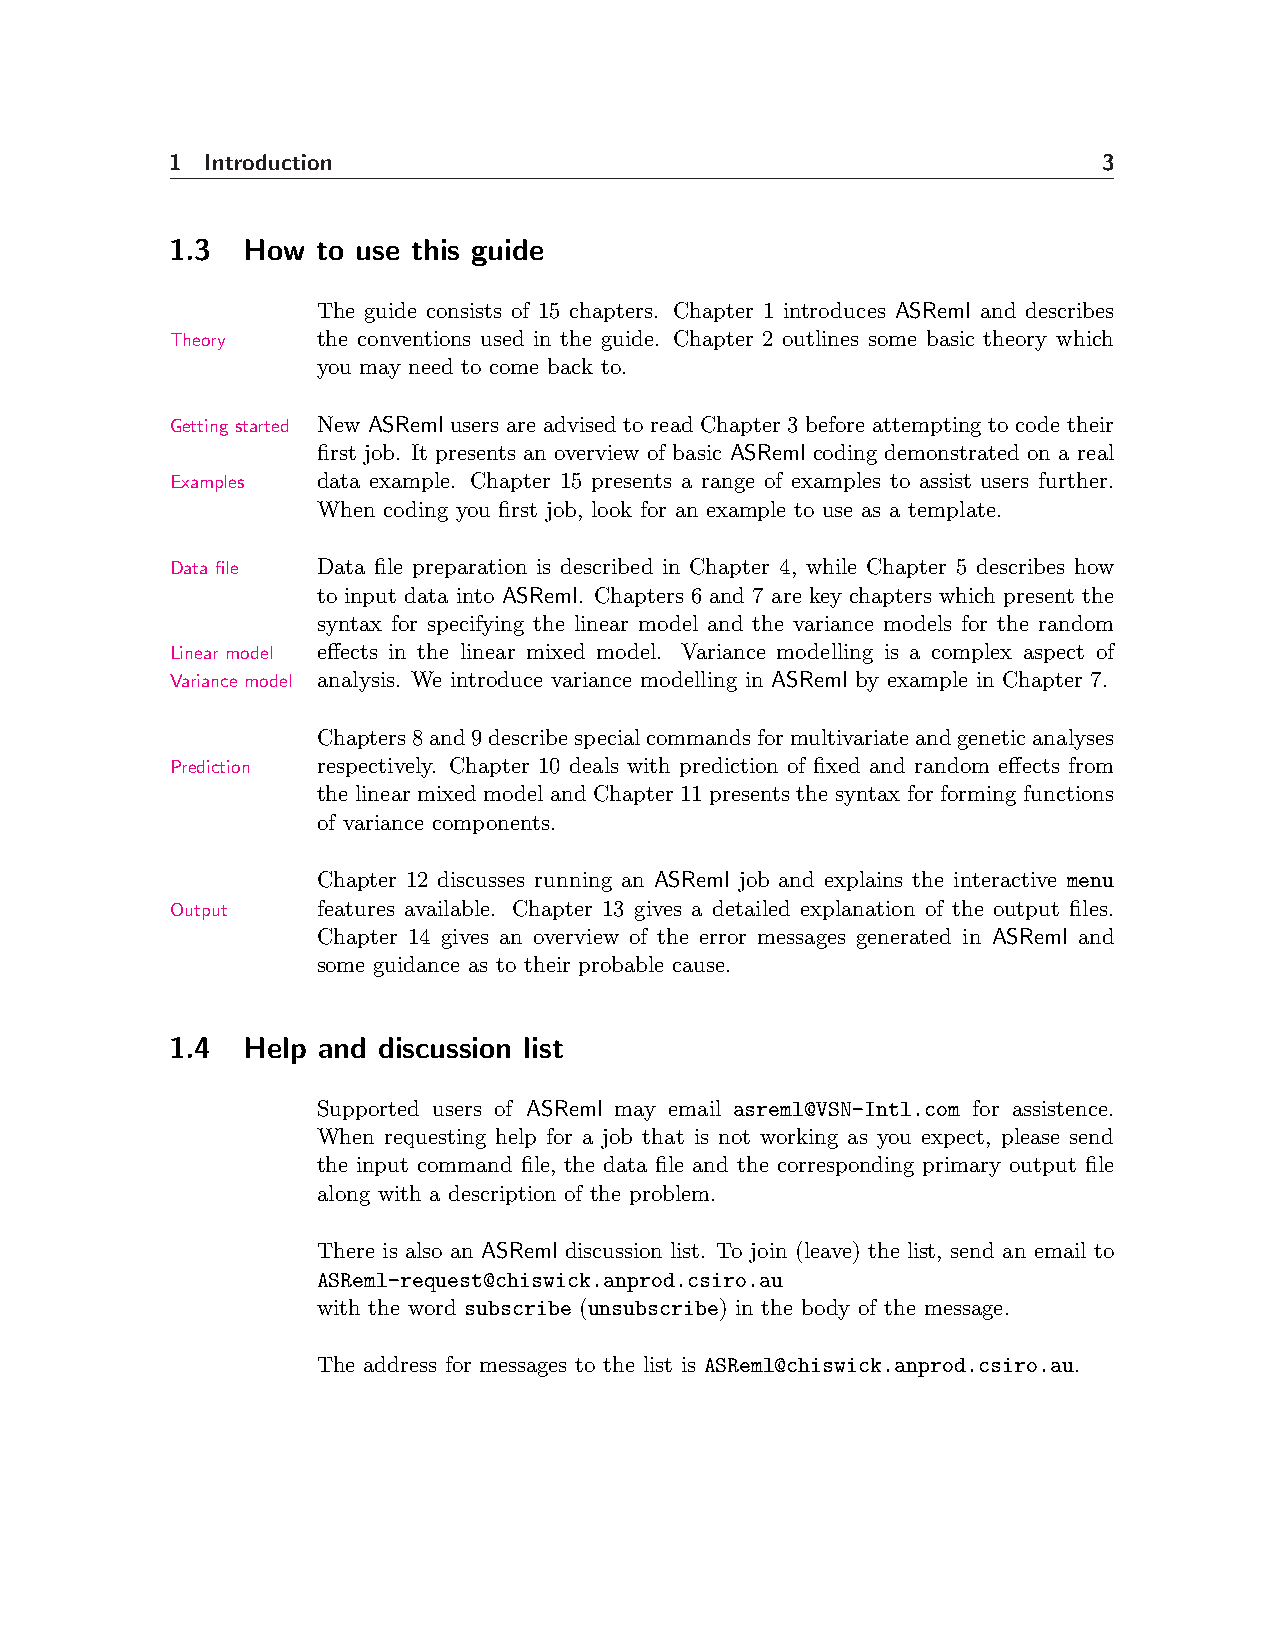
1  Introduction                                               3
 1.3  How  to use this guide
 The guide consists of 15 chapters. Chapter 1 introduces ASReml and describes
 Theory    the conventions used in the guide. Chapter 2 outlines some basic theory which
 you may need to come back to.
 Getting started New ASReml users are advised to read Chapter 3 before attempting to code their
 first job. It presents an overview of basic ASReml coding demonstrated on a real
 Examples  data example. Chapter 15 presents a range of examples to assist users further.
 When coding you first job, look for an example to use as a template.
 Data file Data file preparation is described in Chapter 4, while Chapter 5 describes how
 to input data into ASReml. Chapters 6 and 7 are key chapters which present the
 syntax for specifying the linear model and the variance models for the random
 Linear model effects in the linear mixed model. Variance modelling is a complex aspect of
 Variance model analysis. We introduce variance modelling in ASReml by example in Chapter 7.
 Chapters8and9describespecialcommandsformultivariateandgeneticanalyses
 Prediction respectively. Chapter 10 deals with prediction of fixed and random effects from
 the linear mixed model and Chapter 11 presents the syntax for forming functions
 of variance components.
 Chapter 12 discusses running an ASReml job and explains the interactive menu
 Output    features available. Chapter 13 gives a detailed explanation of the output files.
 Chapter 14 gives an overview of the error messages generated in ASReml and
 some guidance as to their probable cause.
 1.4  Help and discussion list
 Supported users of ASReml may email asreml@VSN-Intl.com for assistence.
 When requesting help for a job that is not working as you expect, please send
 the input command file, the data file and the corresponding primary output file
 along with a description of the problem.
 There is also an ASReml discussion list. To join (leave) the list, send an email to
 ASReml-request@chiswick.anprod.csiro.au
 with the word subscribe (unsubscribe) in the body of the message.
 The address for messages to the list is ASReml@chiswick.anprod.csiro.au.